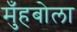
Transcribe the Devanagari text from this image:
मुँहबोला